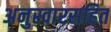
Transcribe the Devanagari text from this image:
अनुस्वारसहित